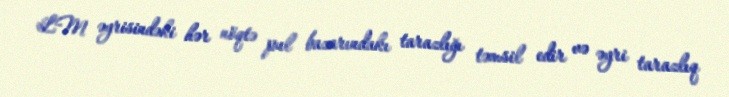
LM əyrisindəki hər nöqtə pul bazarındakı tarazlığı təmsil edir və əyri tarazlıq